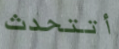
أتتحدث